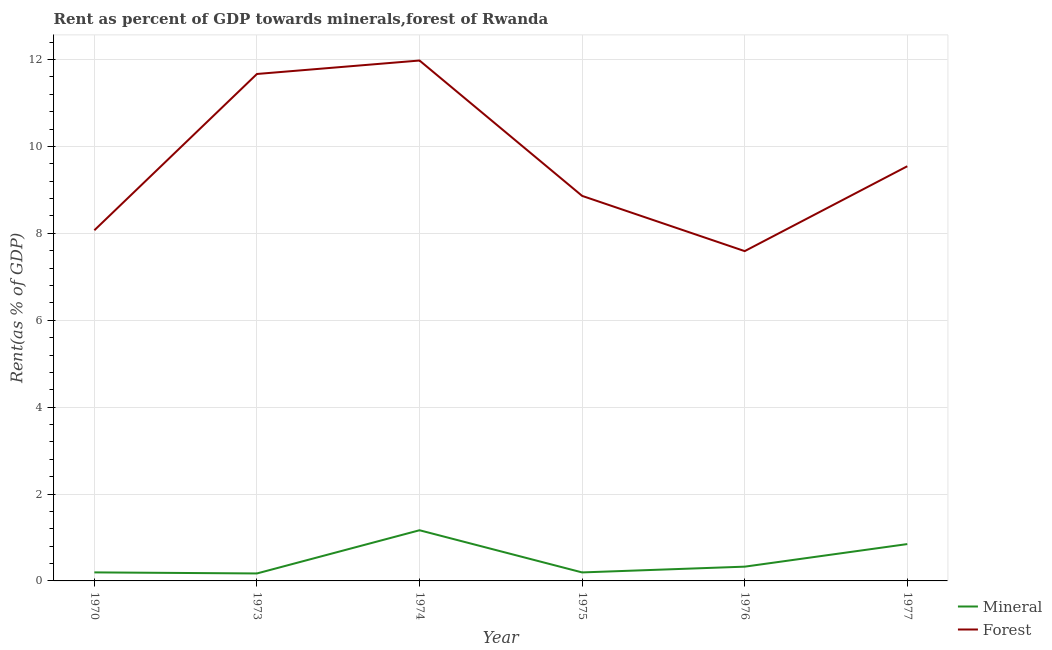
| Year | Mineral | Forest |
 | --- | --- | --- |
 | 1970 | 0.196 | 8.07 |
 | 1973 | 0.172 | 11.7 |
 | 1974 | 1.17 | 12 |
 | 1975 | 0.196 | 8.86 |
 | 1976 | 0.328 | 7.59 |
 | 1977 | 0.848 | 9.54 |